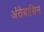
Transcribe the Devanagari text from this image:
अंतेबासिन